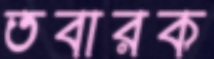
তবারক